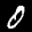
Label: 0